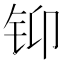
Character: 𲇳